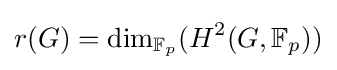
r(G)=\dim _{\mathbb {F} _{p}}(H^{2}(G,\mathbb {F} _{p}))